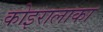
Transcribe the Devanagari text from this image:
कोइरालाका